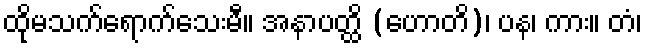
ထိုမသက်ရောက်သေးမီ။ အနာပတ္ထိ (ဟောတိ)၊ ပန၊ ကား။ တံ၊